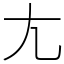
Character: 𡯁